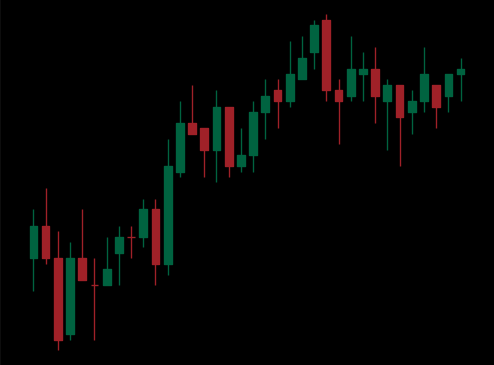
Pattern: bear_flag